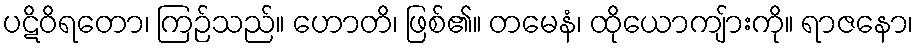
ပဋိဝိရတော၊ ကြဉ်သည်။ ဟောတိ၊ ဖြစ်၏။ တမေနံ၊ ထိုယောကျ်ားကို။ ရာဇနော၊